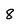
Character: 8